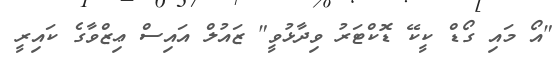
"އޯ މައި ގޯޑް ކީކޭ ޑޮކްޓަރު ވިދާޅުވީ" ޒައުލް އައިސް ޢިޒްވާގެ ކައިރީ